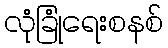
လုံခြုံရေးစနစ်